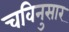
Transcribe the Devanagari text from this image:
चविनुसार